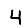
Digit: 4